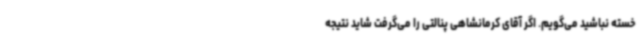
خسته نباشید می‌گویم. اگر آقای کرمانشاهی پنالتی را می‌گرفت شاید نتیجه